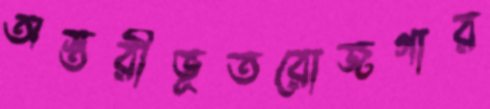
অস্তরীভূতরোজগার